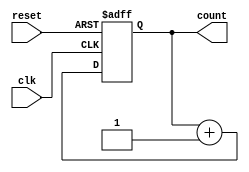
module counter(
    input wire clk,
    input wire reset,
    output reg [7:0] count
);

parameter COUNTER_BITS = 8; // Number of bits in the counter

always @(posedge clk or posedge reset)
begin
    if (reset)
        count <= 0;
    else
        count <= count + 1;
end

endmodule